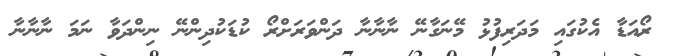
ރޯއަޑާ އެކުގައި މަދަރިފުޅު މޭނަގާނޭ ނާނާނާ ދަންވަރަށްރޯ ކުޑަކުދިންނޭ ނިންދަވާ ނަމަ ނާނާނާ